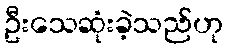
ဦးသေဆုံးခဲ့သည်ဟု